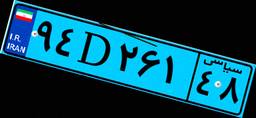
۸۱D۵۷۹۳۱